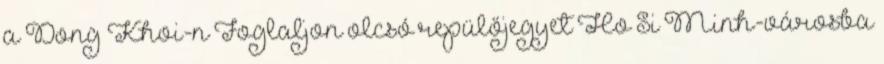
a Dong Khoi-n Foglaljon olcsó repülőjegyet Ho Si Minh-városba